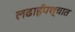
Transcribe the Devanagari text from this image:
लढाईपश्चात